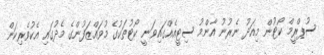
ސުޕްރީމް ކޯޓުން މިއަދު ނެރުނު އާންމު ސިޓީއެއްގައިވަނީ ކޯޓުތަކުގެ މުވައްޒަފުންގެ މެދުގައި އެކުވެރިކަން